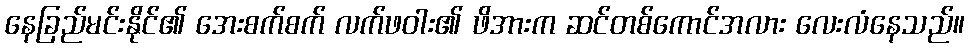
နေခြည်မင်းနိုင်၏ အေးစက်စက် လက်ဖဝါး၏ ဖိအားက ဆင်တစ်ကောင်အလား လေးလံနေသည်။